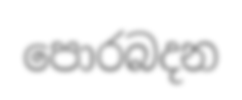
පොරබදන